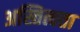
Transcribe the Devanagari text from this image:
अस्तित्वता